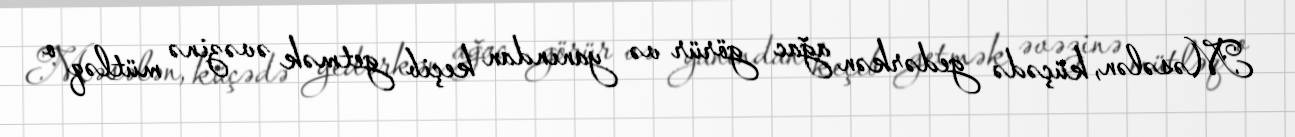
Məsələn, küçədə gedərkən ağac görür və yanından keçib getmək əvəzinə mütləq o